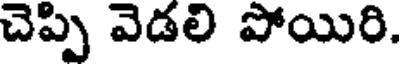
చెప్పి వెడలి పోయిరి.